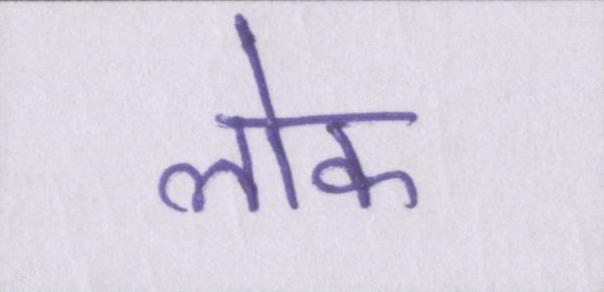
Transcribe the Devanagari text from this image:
लॊक